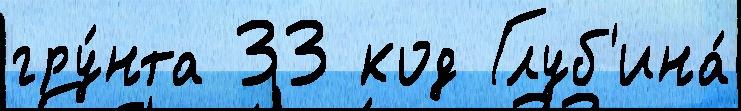
гру́нта 33 код Глуб'ина́